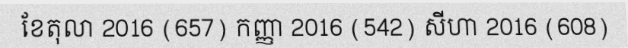
ខែតុលា 2016 (657) កញ្ញា 2016 (542) សីហា 2016 (608)